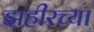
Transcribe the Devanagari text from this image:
झहीरच्या